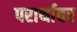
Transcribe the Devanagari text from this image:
परार्थावर